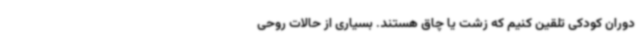
دوران کودکی تلقین کنیم که زشت یا چاق هستند. بسیاری از حالات‌ روحی